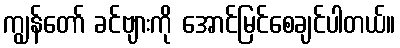
ကျွန်တော် ခင်ဗျားကို အောင်မြင်စေချင်ပါတယ်။